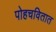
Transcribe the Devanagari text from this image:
पोहचवितात